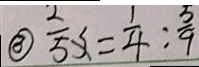
\textcircled { 3 } \frac { 2 } { 5 } x = \frac { 1 } { 4 } : \frac { 5 } { 9 }